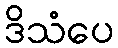
ဒိသံပေ